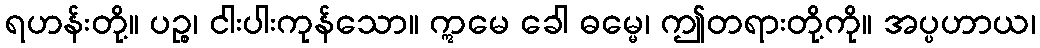
ရဟန်းတို့။ ပဉ္စ၊ ငါးပါးကုန်သော။ ဣမေ ခေါ ဓမ္မေ၊ ဤတရားတို့ကို။ အပ္ပဟာယ၊